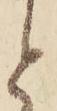
と